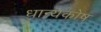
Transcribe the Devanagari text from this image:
धान्यकोष